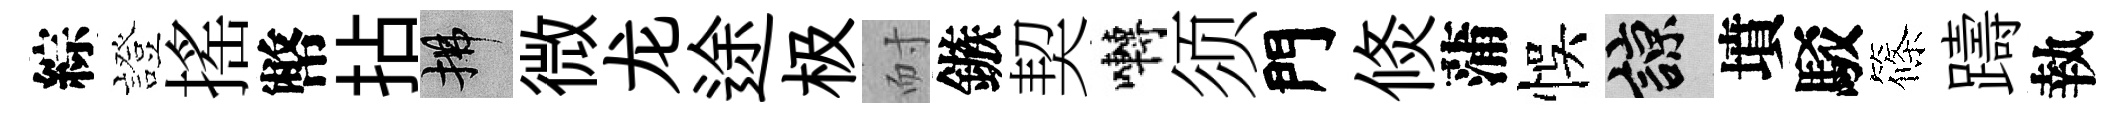
綜證搖幣拈拂微龙途极耐鏃契囀须門倐蒲悞諒墳駁篠躊執